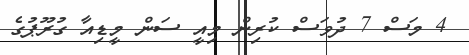
4 މަސް 7 ދުވަސް ކުރިން މިއީ ސަން މީޑިއާ ގުރޫޕުގެ